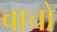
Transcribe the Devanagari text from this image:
बाचो